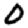
Digit: 0